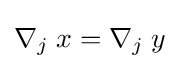
\nabla _{j}\;x=\nabla _{j}\;y